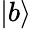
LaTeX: \left\vert b\right\rangle